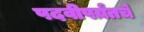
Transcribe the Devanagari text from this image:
पदवीपर्य़ंतचे